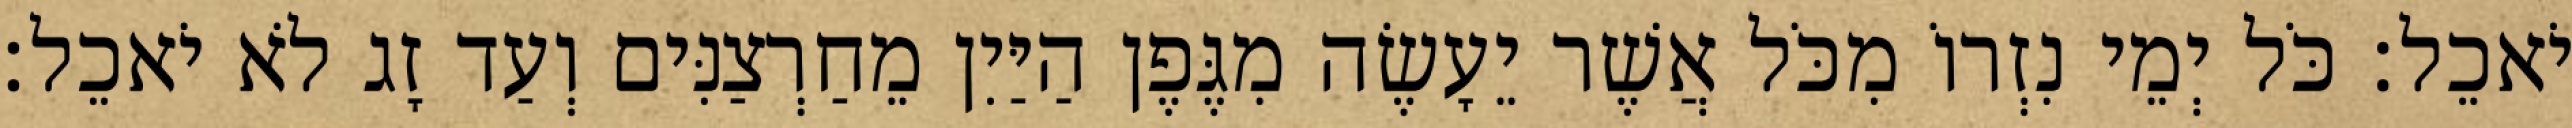
יֹאכֵל׃ כֹּל יְמֵי נִזְרוֹ מִכֹּל אֲשֶׁר יֵעָשֶׂה מִגֶּפֶן הַיַּיִן מֵחַרְצַנִּים וְעַד זָג לֹא יֹאכֵל׃